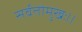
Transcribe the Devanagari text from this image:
सर्वतोमुखः।।